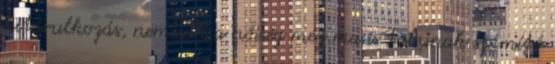
kitárulkozás, nemcsak a nőiség még ma is tabunak számító